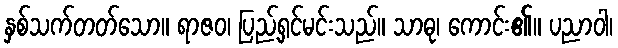
နှစ်သက်တတ်သော။ ရာဇဝ၊ ပြည့်ရှင်မင်းသည်။ သာဓု၊ ကောင်း၏။ ပညာဝါ၊